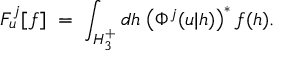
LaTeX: F _ { u } ^ { j } [ f ] \; = \; \int _ { H _ { 3 } ^ { + } } d h \; \bigl ( \Phi ^ { j } ( u | h ) \bigr ) ^ { * } \, f ( h ) .